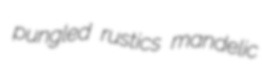
pungled rustics mandelic